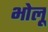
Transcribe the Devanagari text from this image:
भोलू